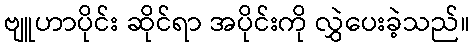
ဗျူဟာပိုင်း ဆိုင်ရာ အပိုင်းကို လွှဲပေးခဲ့သည်။